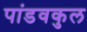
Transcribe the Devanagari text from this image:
पांडवकुल